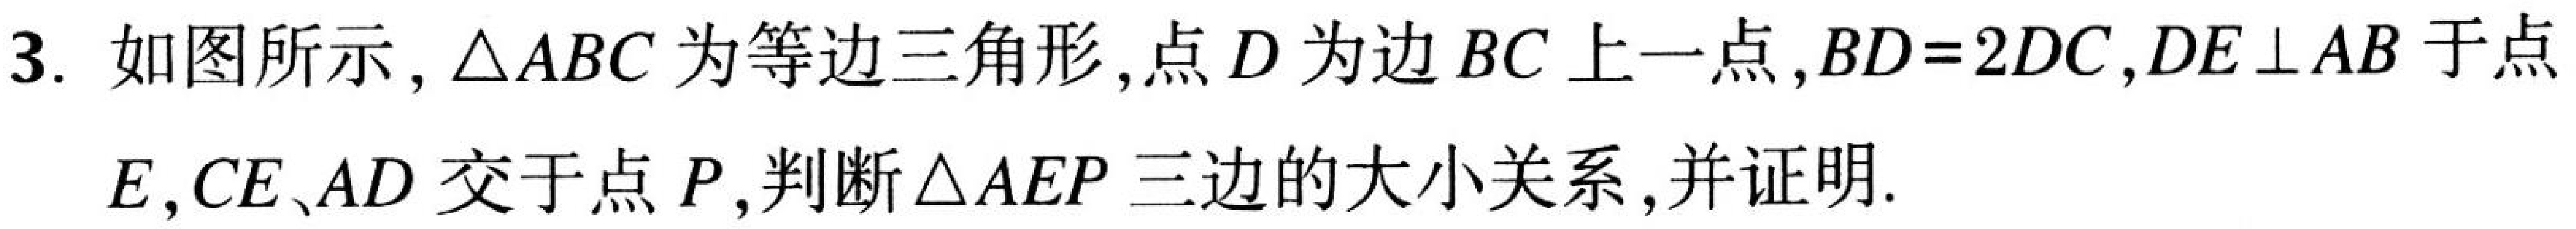
3. 如图所示，\(\triangle ABC\) 为等边三角形，点 \(D\) 为边 \(BC\) 上一点，\(BD = 2DC\)，\(DE\perp AB\) 于点 \(E\)，\(CE\)、\(AD\) 交于点 \(P\)，判断 \(\triangle AEP\) 三边的大小关系，并证明.